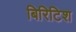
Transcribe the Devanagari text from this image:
बिरिटिश